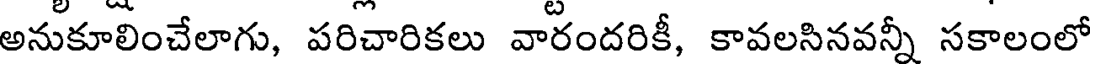
అనుకూలించేలాగు, పరిచారికలు వారందరికీ, కావలసినవన్నీ సకాలంలో